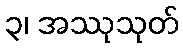
၃၊ အဿုသုတ်